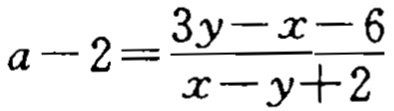
\(a - 2=\frac{3y - x - 6}{x - y + 2}\)